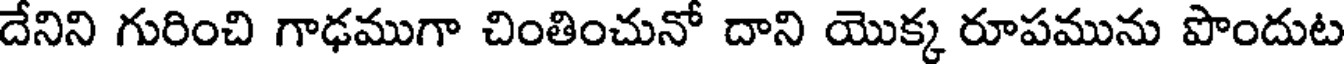
దేనిని గురించి గాఢముగా చింతించునో దాని యొక్క రూపమును పొందుట